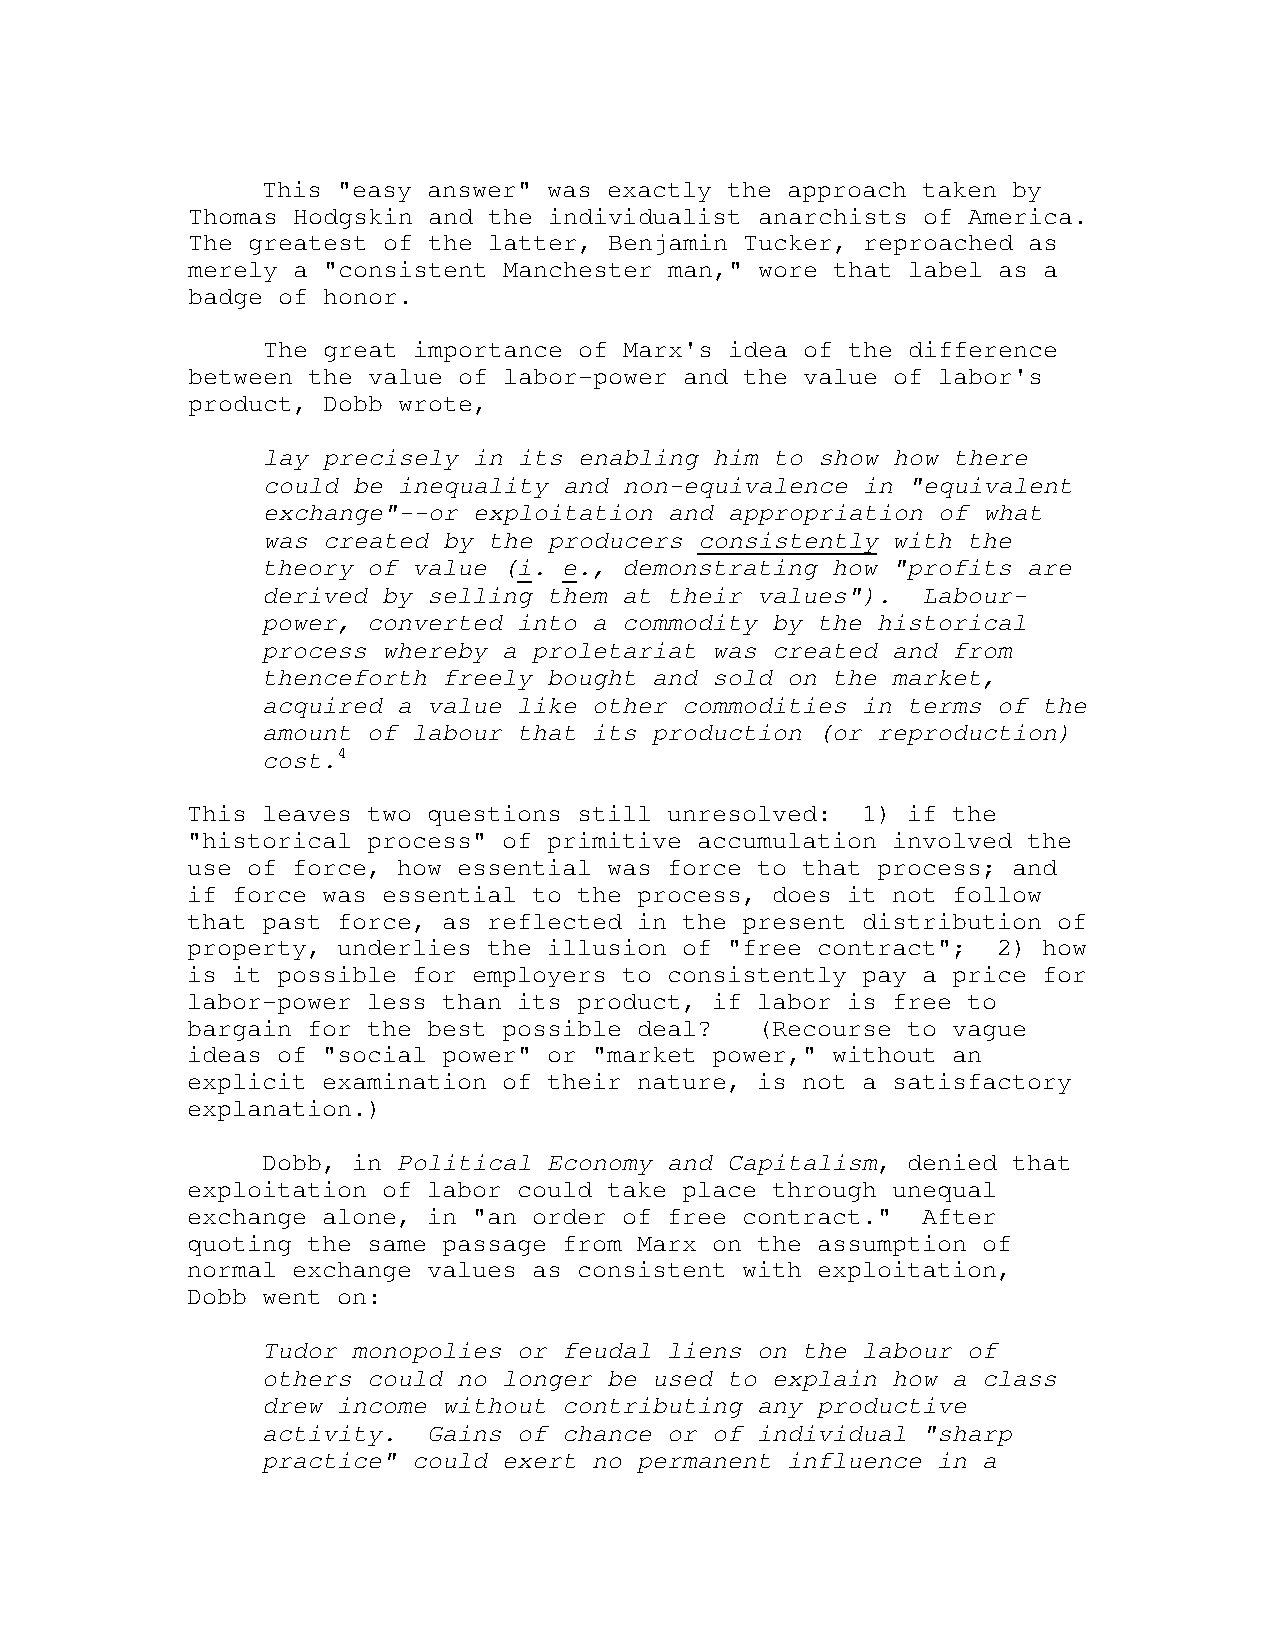
This "easy answer" was exactly the approach taken by
 Thomas Hodgskin and the individualist anarchists of America.
 The greatest of the latter, Benjamin Tucker, reproached as
 merely a "consistent Manchester man," wore that label as a
 badge of honor.
 The great importance of Marx's idea of the difference
 between the value of labor-power and the value of labor's
 product, Dobb wrote,
 lay precisely in its enabling him to show how there
 could be inequality and non-equivalence in "equivalent
 exchange"--or exploitation and appropriation of what
 was created by the producers consistently with the
 theory of value (i. e., demonstrating how "profits are
 derived by selling them at their values").  Labour-
 power, converted into a commodity by the historical
 process whereby a proletariat was created and from
 thenceforth freely bought and sold on the market,
 acquired a value like other commodities in terms of the
 amount of labour that its production (or reproduction)
 cost.4
 This leaves two questions still unresolved:  1) if the
 "historical process" of primitive accumulation involved the
 use of force, how essential was force to that process; and
 if force was essential to the process, does it not follow
 that past force, as reflected in the present distribution of
 property, underlies the illusion of "free contract";  2) how
 is it possible for employers to consistently pay a price for
 labor-power less than its product, if labor is free to
 bargain for the best possible deal?   (Recourse to vague
 ideas of "social power" or "market power," without an
 explicit examination of their nature, is not a satisfactory
 explanation.)
 Dobb, in Political Economy and Capitalism, denied that
 exploitation of labor could take place through unequal
 exchange alone, in "an order of free contract."  After
 quoting the same passage from Marx on the assumption of
 normal exchange values as consistent with exploitation,
 Dobb went on:
 Tudor monopolies or feudal liens on the labour of
 others could no longer be used to explain how a class
 drew income without contributing any productive
 activity.  Gains of chance or of individual "sharp
 practice" could exert no permanent influence in a